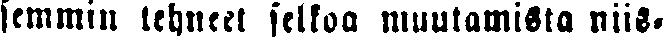
semmin tehneet selkoa muutamista niis-